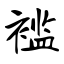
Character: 褴